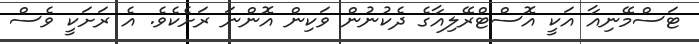
ޓަސްމޭނިއާ އަކީ އޮސްޓްރޭލިއާގެ ދެކުނުން ވަކިން އޮންނަ ރަށެކެވެ. އެ ރަށަކީ ވެސް